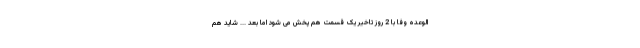
الوعده وفا با 2 روز تاخیر یک قسمت هم پخش می شود اما بعد ... شاید هم